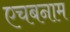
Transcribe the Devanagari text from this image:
एचबनाम